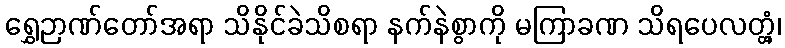
ရွှေဉာဏ်တော်အရာ သိနိုင်ခဲသိစရာ နက်နဲစွာကို မကြာခဏ သိရပေလတ္တံ့၊